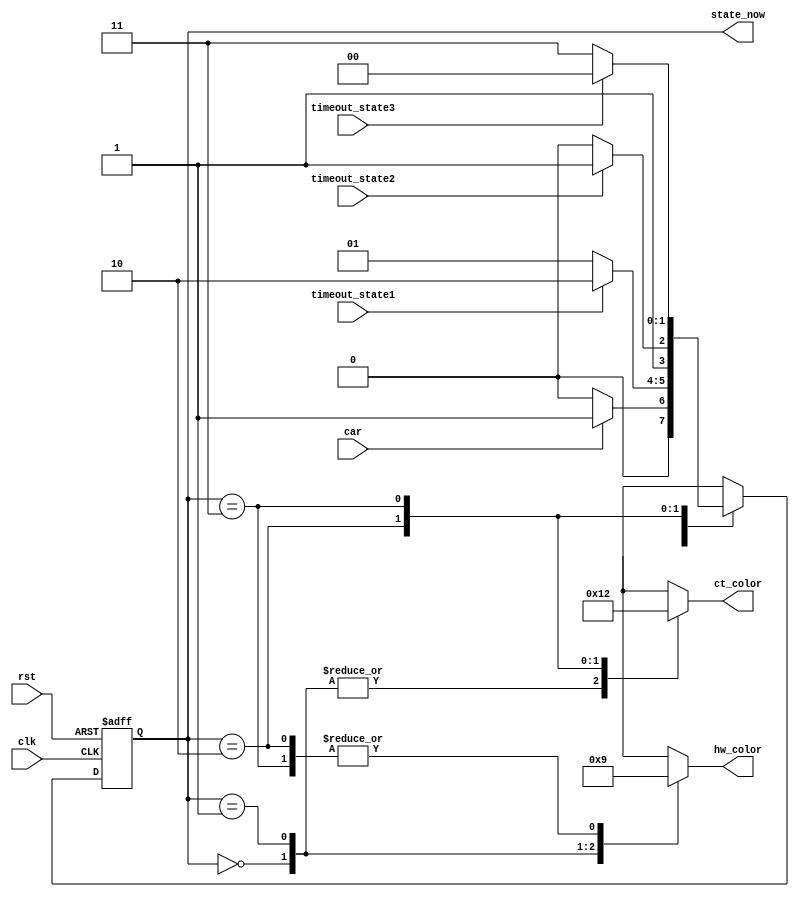
module State(
    input               clk,
    input               rst,
    input       [0:0]   car,
    input       [0:0]   timeout_state1,
    input       [0:0]   timeout_state2,
    input       [0:0]   timeout_state3,
    output reg  [1:0]   hw_color,
    output reg  [1:0]   ct_color,
	output reg	[1:0]   state_now
    );
    
    localparam [1:0]        //Trang thai
        GreenRed    = 2'b00,
        YellowRed   = 2'b01,
        RedGreen    = 2'b10,
        RedYellow   = 2'b11;
    /* HW   - CtR
	0. Xanh - do	99
	1. vang - do	3
	2. do	- Xanh	20
	3. do	- vang 	3
	*/
    localparam [1:0]        //Mau den
        GREEN   = 2'b00, 
        RED     = 2'b01,
        YELLOW  = 2'b10;      
	reg[1:0] state_next;

    always@(posedge clk or negedge rst) begin			//luon phai dung <=
        if(!rst) begin state_now <= GreenRed; end
        else begin state_now <= state_next; end
    end
    
    // always@(*) means "build the sensitivity list for me", danh sach do nhay chi la cac gia tri input thay doi
    always@(*) begin          
        state_next = state_now;
        case(state_now)
            GreenRed: begin
                hw_color = GREEN; ct_color = RED;
                if(car) begin state_next = YellowRed; end
                else begin state_next = GreenRed; end
            end
            
            YellowRed: begin
                hw_color = YELLOW; ct_color = RED;
                if(timeout_state1) begin state_next = RedGreen; end
                else begin state_next = YellowRed; end
            end
            
            RedGreen: begin
                hw_color = RED; ct_color = GREEN;
                if(timeout_state2) begin state_next = RedYellow; end
                else begin state_next = RedGreen; end
            end
            
            RedYellow: begin
                hw_color = RED; ct_color = YELLOW;
                if(timeout_state3) begin state_next = GreenRed; end
                else begin state_next = RedYellow; end
            end
            
            default: begin
                hw_color = YELLOW; ct_color = YELLOW;
                state_next = GreenRed;
            end
        endcase
    end
endmodule